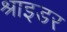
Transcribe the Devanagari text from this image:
श्राइडर